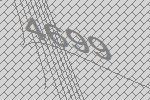
4699